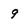
Character: 9